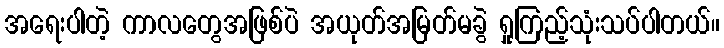
အရေးပါတဲ့ ကာလတွေအဖြစ်ပဲ အယုတ်အမြတ်မခွဲ ရှုကြည့်သုံးသပ်ပါတယ်။